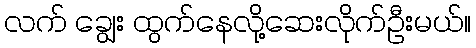
လက် ချွေး ထွက်နေလို့ဆေးလိုက်ဦးမယ်။